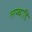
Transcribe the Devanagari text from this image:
लम्बाडि